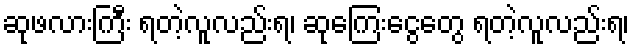
ဆုဖလားကြီး ရတဲ့လူလည်းရ၊ ဆုကြေးငွေတွေ ရတဲ့လူလည်းရ၊